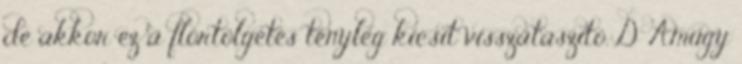
de akkor ez a flörtölgetés tényleg kicsit visszataszító.:D Amúgy